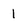
Character: 1